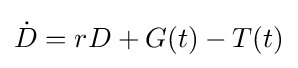
{\textstyle {\dot {D}}=rD+G(t)-T(t)}